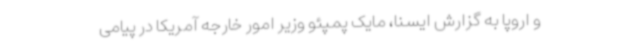
و اروپا به گزارش ایسنا، مایک پمپئو وزیر امور خارجه آمریکا در پیامی